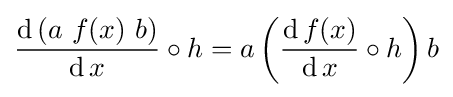
{\frac {\operatorname {d} \left(a\ f(x)\ b\right)}{\operatorname {d} x}}\circ h=a\left({\frac {\operatorname {d} f(x)}{\operatorname {d} x}}\circ h\right)b